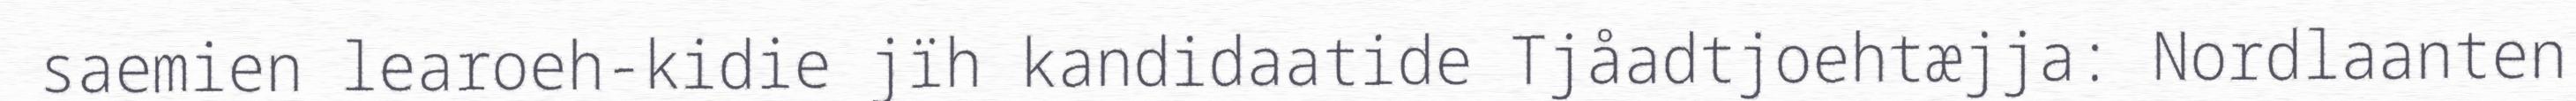
saemien learoeh-kidie jïh kandidaatide Tjåadtjoehtæjja: Nordlaanten